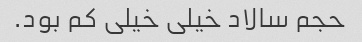
حجم سالاد خیلی خیلی کم بود.